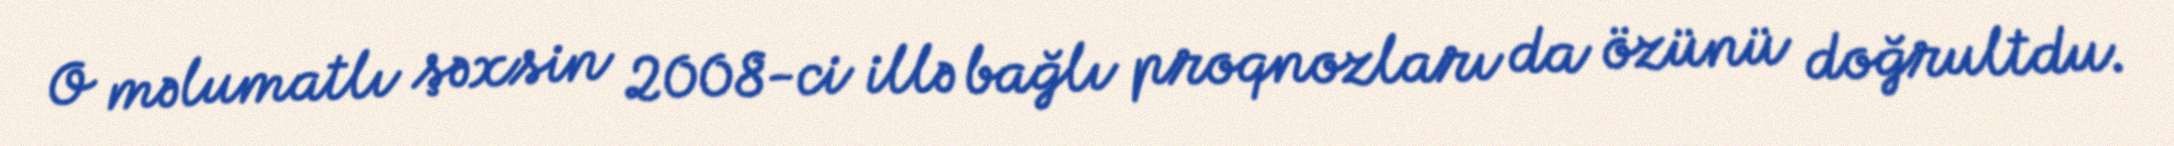
O məlumatlı şəxsin 2008-ci illə bağlı proqnozları da özünü doğrultdu.